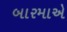
બારમાએ